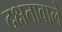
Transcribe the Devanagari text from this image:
दक्षतावाले